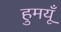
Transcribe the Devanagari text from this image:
हुमयूँ